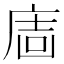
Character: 𢉈